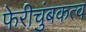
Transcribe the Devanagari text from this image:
फेरीचुंबकत्व